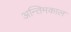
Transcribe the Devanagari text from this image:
अन्तिमकाल